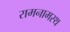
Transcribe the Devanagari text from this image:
रामनामस्थ